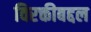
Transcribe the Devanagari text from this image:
विरक्तीबद्दल